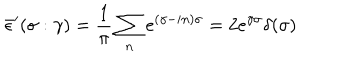
\bar { \epsilon } ^ { \prime } ( \sigma : \gamma ) = \frac { 1 } { \pi } \sum _ { n } e ^ { ( \gamma - i n ) \sigma } = 2 e ^ { \gamma \sigma } \delta ( \sigma )